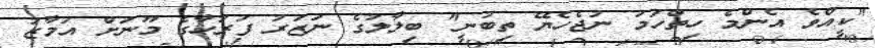
"ކީއްވެ އެންމެ ހިތްހަމަ ނުޖެހެޔޭ ތިބުނީ" ބިލާލުގެ ނަޒަރު ފަރަހާގެ މޫނަށް އަމާޒު